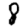
Digit: 8